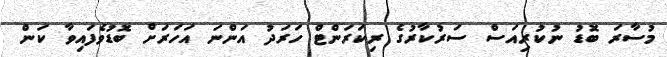
މުސާރަ ބޮޑު ނުކުރިއަސް ސަރުކާރުގެ ރިކަރަންޓް ހަރަދު އަންނަ އަހަރަށް ބޮޑުވެފައިވާ ކަން